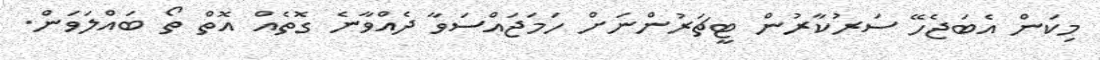
މިކަން އެބަޖެހޭ ސަރުކާރުން ޓީޗަރުންނަށް ހަމަޖައްސަވާ ދެއްވާނެ ގޮތެއް އޮތް ތޯ ބައްލަވަން.